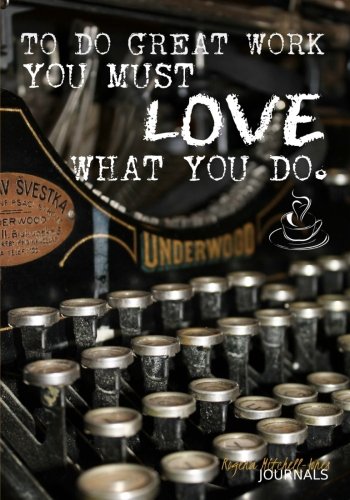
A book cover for To Do Great Work - A Journal; Rogena Mitchell-Jones; Self-Help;